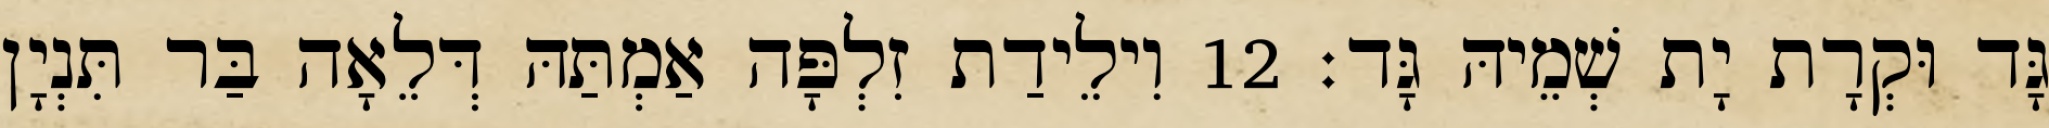
גָּד וּקְרָת יָת שְׁמֵיהּ גָּד׃ 12 וִילֵידַת זִלְפָּה אַמְתַּהּ דְּלֵאָה בַּר תִּנְיָן